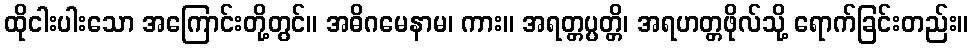
ထိုငါးပါးသော အကြောင်းတို့တွင်။ အဓိဂမေနာမ၊ ကား။ အရတ္တပ္ပတ္တိ၊ အရဟတ္တဖိုလ်သို့ ရောက်ခြင်းတည်း။